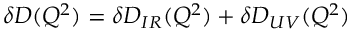
\delta D ( Q ^ { 2 } ) = \delta D _ { I R } ( Q ^ { 2 } ) + \delta D _ { U V } ( Q ^ { 2 } )